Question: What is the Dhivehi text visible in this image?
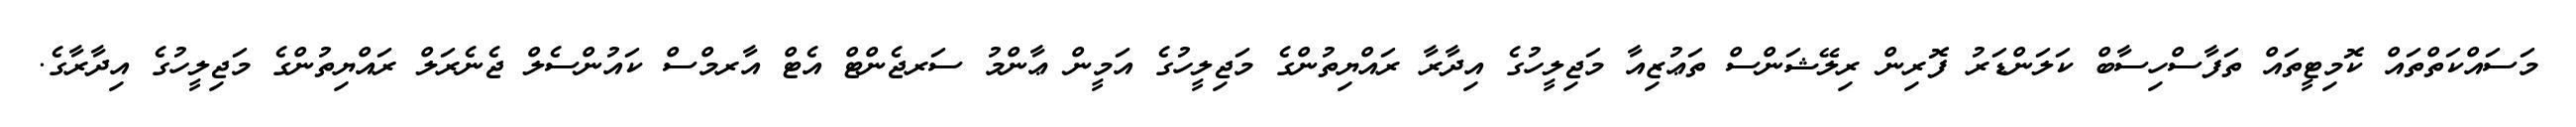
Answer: މަސައްކަތްތައް ކޮމިޓީތައް ތަފާސްހިސާބް ކަލަންޑަރު ފޮރިން ރިލޭޝަންސް ތަޢުޒިއާ މަޖިލީހުގެ އިދާރާ ރައްޔިތުންގެ މަޖިލީހުގެ އަމީން ޢާންމު ސަރޖެންޓް އެޓް އާރމްސް ކައުންސެލް ޖެނެރަލް ރައްޔިތުންގެ މަޖިލީހުގެ އިދާރާގެ.